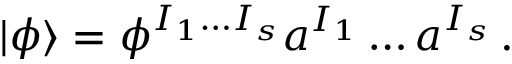
| \phi \rangle = \phi ^ { I _ { 1 } \ldots I _ { s } } a ^ { I _ { 1 } } \ldots a ^ { I _ { s } } \, .